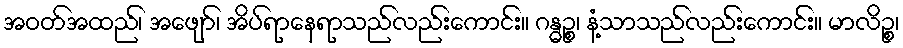
အဝတ်အထည်၊ အဖျော်၊ အိပ်ရာနေရာသည်လည်းကောင်း။ ဂန္ဓဉ္စ၊ နံ့သာသည်လည်းကောင်း။ မာလိဉ္စ၊